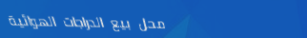
محل بيع الدراجات الهوائية